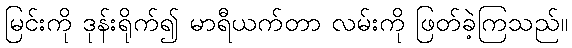
မြင်းကို ဒုန်းရိုက်၍ မာရီယက်တာ လမ်းကို ဖြတ်ခဲ့ကြသည်။